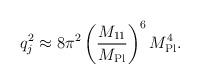
LaTeX: \begin{align*}q_j^2 \approx 8 \pi^2 \left( \frac{M_{11}}{M_{\rm Pl}} \right)^6M_{\rm Pl}^4.\end{align*}